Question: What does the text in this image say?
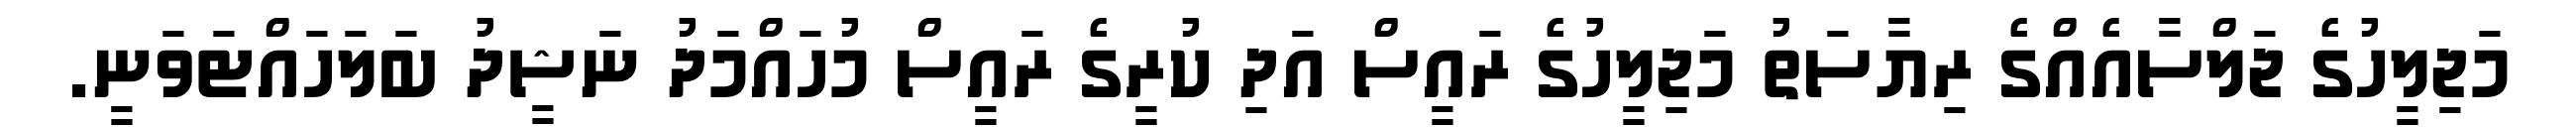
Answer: މަޖިލީހުގެ ޖަލްސާއެއްގެ ރިޔާސަތު މަޖިލީހުގެ ރައީސް އަދި ކުރީގެ ރައީސް މުހައްމަދު ނަޝީދު ބަލަހައްޓަވަނީ.